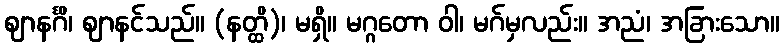
ဈာနင်္ဂိ၊ ဈာနင်သည်။ (နတ္ထိ)၊ မရှိ။ မဂ္ဂတော ဝါ၊ မဂ်မှလည်း။ အညံ၊ အခြားသော။